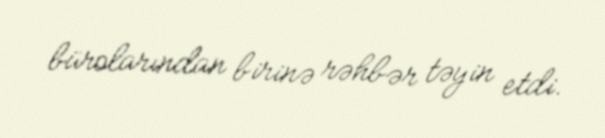
bürolarından birinə rəhbər təyin etdi.